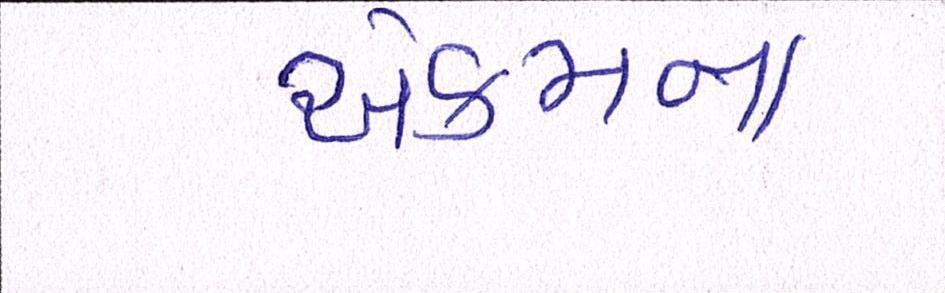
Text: એકમના